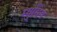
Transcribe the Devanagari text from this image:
म्युसिम